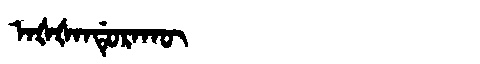
Manchu: ᠠᡧᡧᠠᠨᡩᡠᡵᠠᡴᡡ
Romanization: AŠŠANDURAKŪ